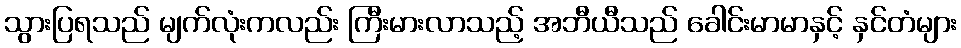
သွားပြရသည် မျက်လုံးကလည်း ကြီးမားလာသည့် အဘီယီသည် ခေါင်းမာမာနှင့် နှင်တံများ